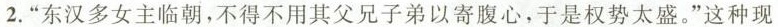
2.”东汉多女主临朝，不得不用其父兄子弟以寄腹心，于是权势太盛。”这种现